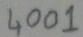
Text: 4001